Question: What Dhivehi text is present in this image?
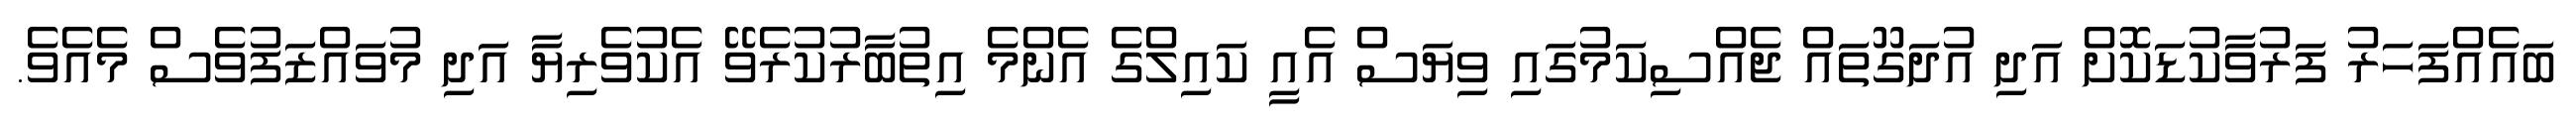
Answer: ބައެއްފަހަރު ފަރުވާކުޑަކޮށް އަދި އުދަގޫތައް ޖެއްސިކަމުގައި ވިޔަސް އެއީ ކައިލްގެ އެންމެ އިތުބާރުކުރެވޭ އެކުވެރިޔާ އަދި މުވައްޒަފުވެސް މެއެވެ.